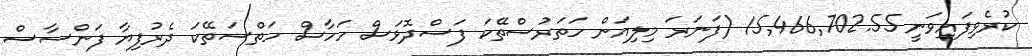
ކުރެވިފައިވަނީ 15